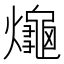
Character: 𤒅